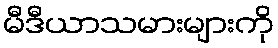
မီဒီယာသမားများကို